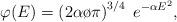
LaTeX: \begin{align*}\varphi(E) = \left( {{2\alpha}\o{\pi}} \right)^{3/4}\;e^{-\alpha E^2},\end{align*}